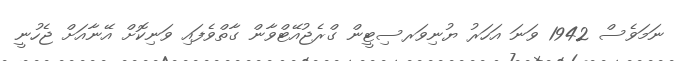
ނަމަވެސް 1942 ވަނަ އަހަރު ޔުނިވަރސިޓީން ގްރެޖުއޭޓްވާން ގާތްވެފައި ވަނިކޮށް އޭނާއަށް ޖެހުނީ